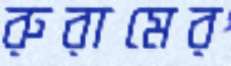
রুরামের